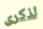
لذكرى